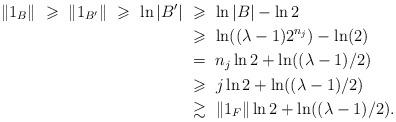
LaTeX: \begin{align*}\|1_B\|\ \geqslant\ \|1_{B'}\|\ \geqslant\ \ln |B'|&\ \geqslant\ \ln|B|-\ln 2\\&\ \geqslant\ \ln((\lambda-1)2^{n_j})-\ln(2)\\&\ =\ n_j\ln 2+\ln((\lambda-1)/2)\\&\ \geqslant\ j\ln 2 + \ln((\lambda-1)/2)\\&\ \gtrsim\ \|1_F\|\ln 2 + \ln((\lambda-1)/2).\end{align*}